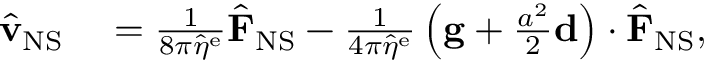
\begin{array} { r l } { \hat { \mathbf { v } } _ { \mathrm { N S } } } & { { } = \frac { 1 } { 8 \pi \hat { \eta } ^ { \mathrm { e } } } \hat { \mathbf { F } } _ { \mathrm { N S } } - \frac { 1 } { 4 \pi \hat { \eta } ^ { \mathrm { e } } } \left( \mathbf { g } + \frac { a ^ { 2 } } { 2 } \mathbf { d } \right) \cdot \hat { \mathbf { F } } _ { \mathrm { N S } } , } \end{array}